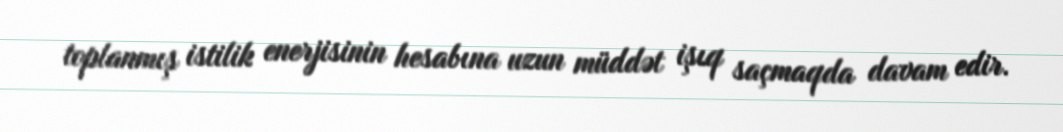
toplanmış istilik enerjisinin hesabına uzun müddət işıq saçmaqda davam edir.